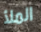
الملأ